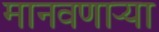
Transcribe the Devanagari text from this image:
मानवणाऱ्या